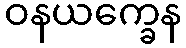
ဝနယက္ခေန